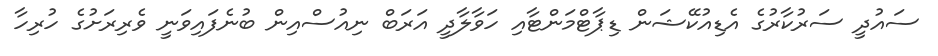
ސައުދީ ސަރުކާރުގެ އެޑިއުކޭޝަން ޑިޕާޓްމަންޓާއި ހަވާލާދީ އަރަބް ނިއުސްއިން ބުނެފައިވަނީ ވެރިރަށުގެ ހުރިހާ